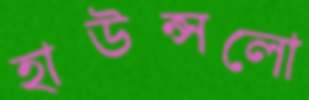
হাউন্সলো